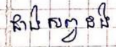
ជាងសព្វដង